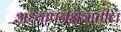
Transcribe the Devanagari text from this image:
अध्यापनक्षेत्रातील